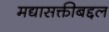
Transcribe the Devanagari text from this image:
मद्यासक्तीबद्दल